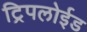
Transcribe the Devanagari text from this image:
ट्रिपलोईड